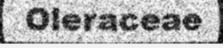
Oleraceae